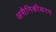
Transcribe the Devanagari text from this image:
असैनिकीकरण